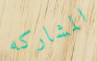
المشاركه